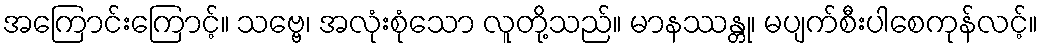
အကြောင်းကြောင့်။ သဗ္ဗေ၊ အလုံးစုံသော လူတို့သည်။ မာနဿန္တု၊ မပျက်စီးပါစေကုန်လင့်။